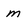
Character: m